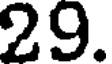
29.